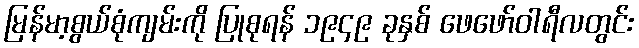
မြန်မာ့စွယ်စုံကျမ်းကို ပြုစုရန် ၁၉၄၉ ခုနှစ် ဖေဖော်ဝါရီလတွင်း